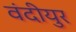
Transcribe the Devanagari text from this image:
वंदीयुर